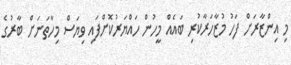
މި އިންޒާރަށް ފަހު މުޒާހަރާކުރި ބައެއް މީހުން ހައްޔަރުކޮށްފައި ވިޔަސް މިހާތަނަށް ބާރުގެ